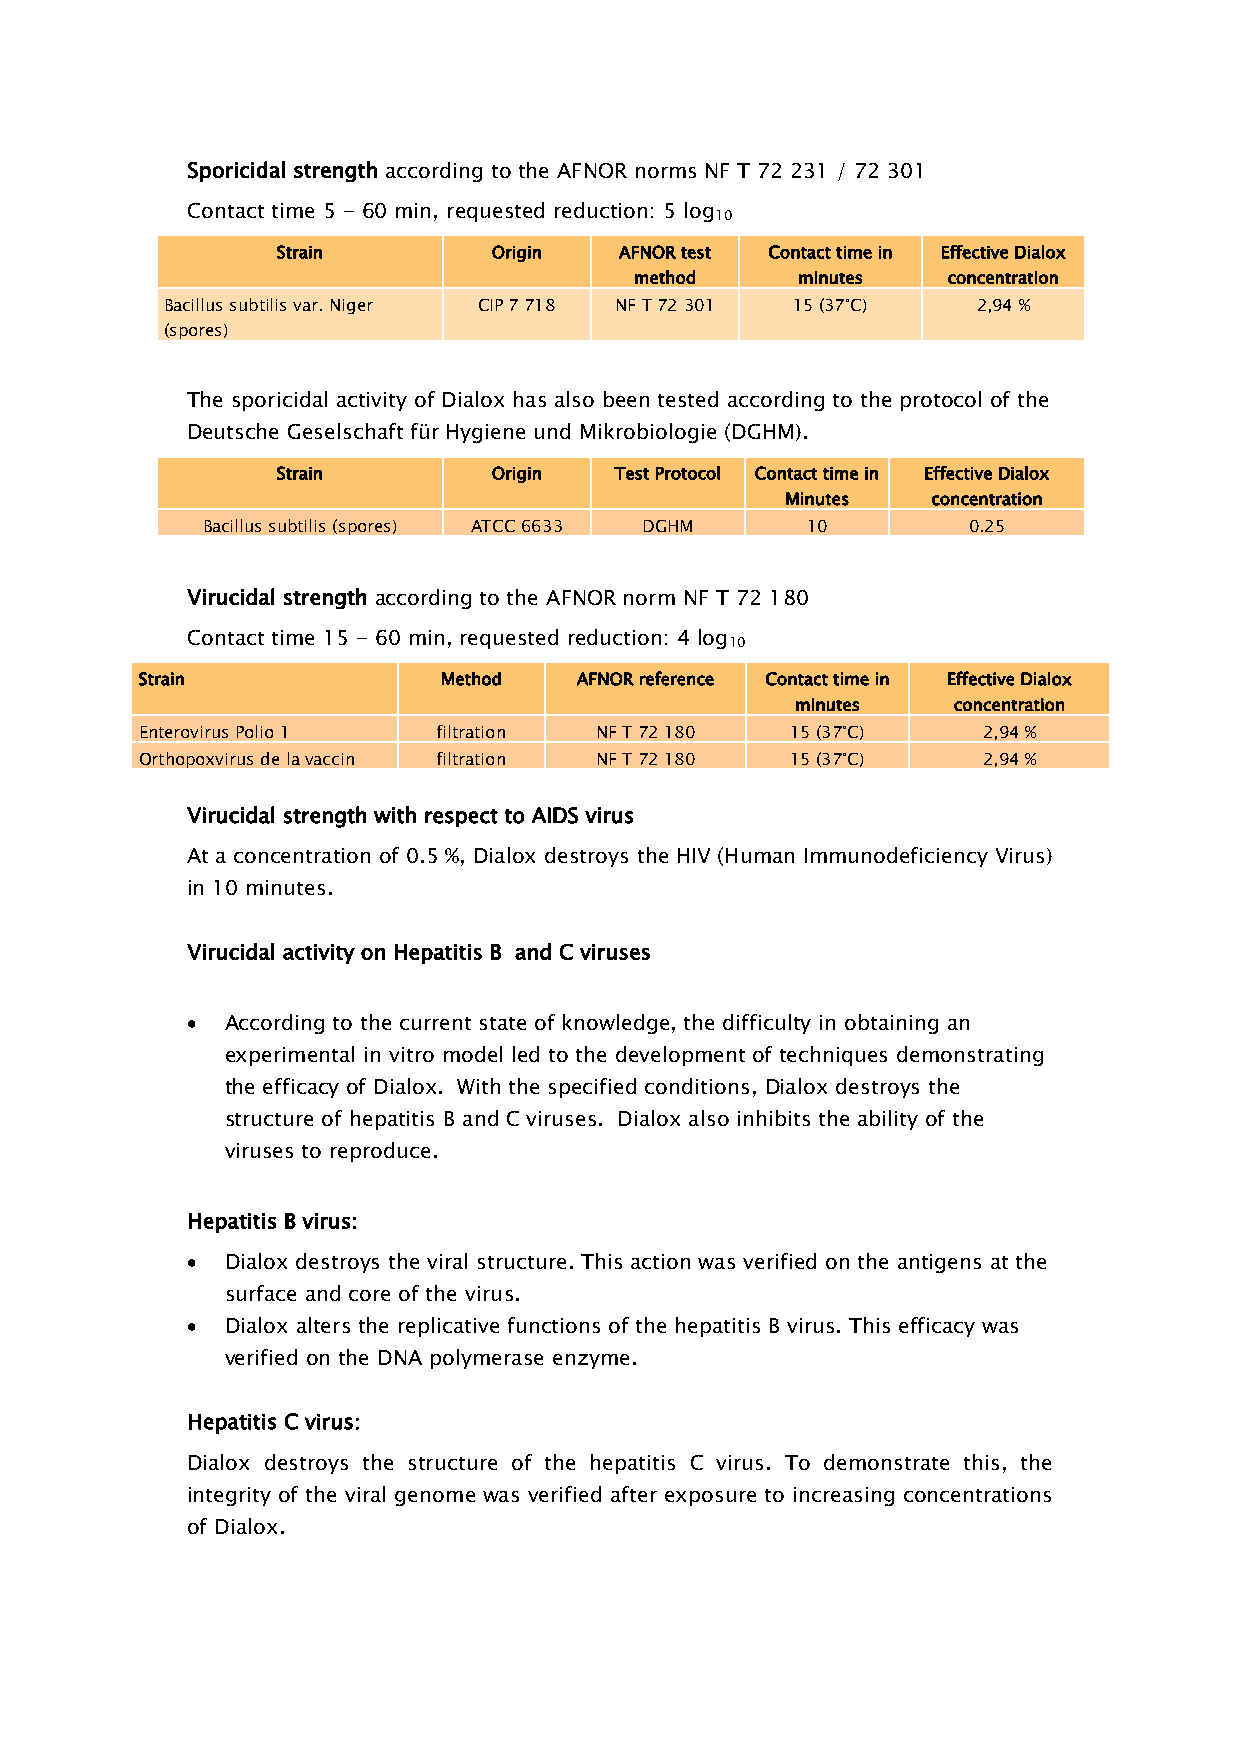
Sporicidal strength according to the AFNOR norms NF T 72 231 / 72 301
 Contact time 5 - 60 min, requested reduction: 5 log
 10
 Strain         Origin  AFNOR test Contact time in Effective Dialox
 method     minutes   concentration
 Bacillus subtilis var. Niger CIP 7 718 NF T 72 301 15 (37°C) 2,94 %
 (spores)
 The sporicidal activity of Dialox has also been tested according to the protocol of the
 Deutsche Geselschaft für Hygiene und Mikrobiologie (DGHM).
 Strain         Origin  Test Protocol Contact time in Effective Dialox
 Minutes   concentration
 Bacillus subtilis (spores) ATCC 6633 DGHM 10       0.25
 Virucidal strength according to the AFNOR norm NF T 72 180
 Contact time 15 - 60 min, requested reduction: 4 log
 10
 Strain              Method   AFNOR reference Contact time in Effective Dialox
 minutes   concentration
 Enterovirus Polio 1 filtration NF T 72 180 15 (37°C)    2,94 %
 Orthopoxvirus de la vaccin filtration NF T 72 180 15 (37°C) 2,94 %
 Virucidal strength with respect to AIDS virus
 At a concentration of 0.5 %, Dialox destroys the HIV (Human Immunodeficiency Virus)
 in 10 minutes.
 Virucidal activity on Hepatitis B and C viruses
   According to the current state of knowledge, the difficulty in obtaining an
 experimental in vitro model led to the development of techniques demonstrating
 the efficacy of Dialox. With the specified conditions, Dialox destroys the
 structure of hepatitis B and C viruses. Dialox also inhibits the ability of the
 viruses to reproduce.
 Hepatitis B virus:
   Dialox destroys the viral structure. This action was verified on the antigens at the
 surface and core of the virus.
   Dialox alters the replicative functions of the hepatitis B virus. This efficacy was
 verified on the DNA polymerase enzyme.
 Hepatitis C virus:
 Dialox destroys the structure of the hepatitis C virus. To demonstrate this, the
 integrity of the viral genome was verified after exposure to increasing concentrations
 of Dialox.